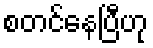
စတင်နေပြီဟု